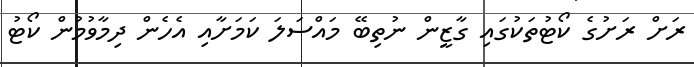
ރަށް ރަށުގެ ކޯޓުތަކުގައި ގާޒީން ނުތިބޭ މައްސަލަ ކަމަށާއި އެހެން ދިމާވުމުން ކޯޓު